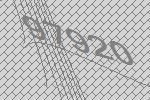
97920